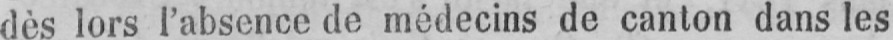
dès lors l’absence de médecins de canton dans les